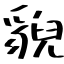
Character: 貎